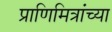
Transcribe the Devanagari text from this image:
प्राणिमित्रांच्या